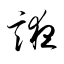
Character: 誑